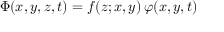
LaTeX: \Phi ( x , y , z , t ) = f ( z ; x , y ) \, \varphi ( x , y , t )